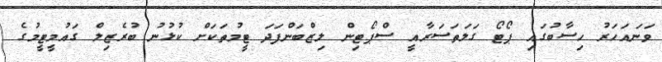
ވަނައަހަރު ހިސާބުގައި ޕޯޓޯ ގަލަތަސަރާއީ ސްޕޯޓިން ލިޒްބަންފަދަ ޓީމުތަކަށް ކުޅުނު ބުރެޒިލް ގައުމީޓީމުގެ